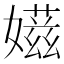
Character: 𡢫